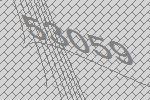
53059